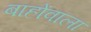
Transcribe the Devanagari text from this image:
बाहोंवाला